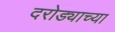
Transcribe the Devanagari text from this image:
दरोड्याच्या